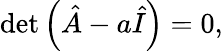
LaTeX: \operatorname*{det}\left({\hat{A}}-a{\hat{I}}\right)=0,